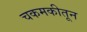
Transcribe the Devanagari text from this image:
चकमकीतून